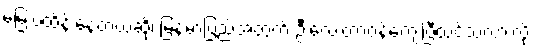
မြေးပဲထိန်းနေတယ်ဆို၊ မြန်မာပြည်အတွက် ဦးလေးတာဝန်ကျေပြီထင်သလားလို့